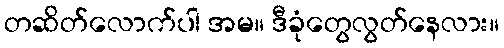
တဆိတ်လောက်ပါ အမ။ ဒီခုံတွေလွတ်နေလား။